Report on lock hospitals in British Burma
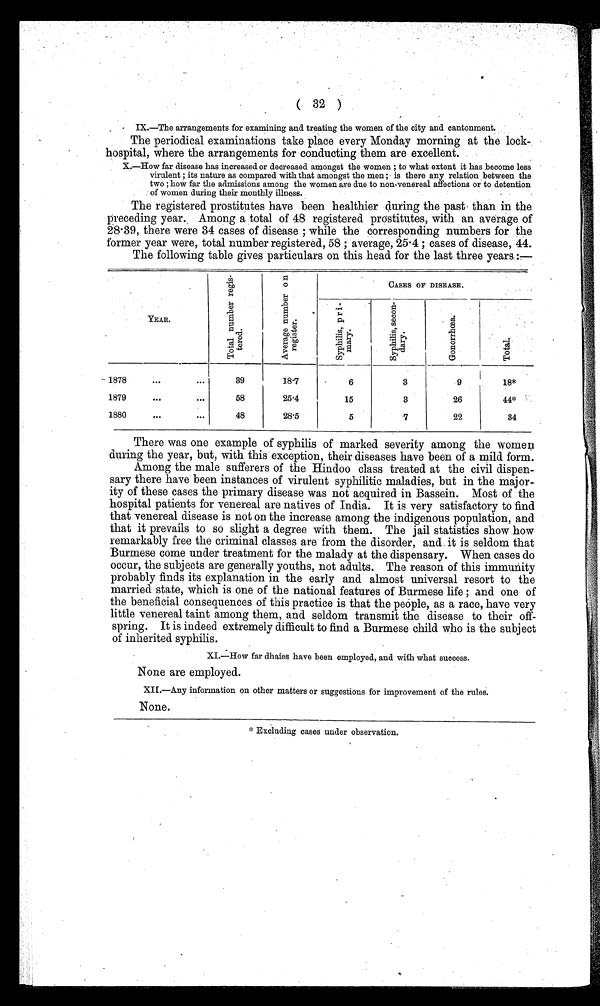
( 32 )
IX.—The arrangements for examining and treating the women of the city and cantonment.
The periodical examinations take place every Monday morning at the lock
-hospital, where the arrangements for conducting them are excellent.
X.—How far disease has increased or decreased amongst the women ; to what extent it has become less
virulent ; its nature as compared with that amongst the men ; is there any relation between the
two ; how far the admissions among the women are due to non-venereal affections or to detention
of women during their monthly illness.
The registered prostitutes have been healthier during the past than in the
preceding year. Among a total of 48 registered prostitutes, with an average of
28.39, there were 34 cases of disease ; while the corresponding numbers for the
former year were, total number registered, 58 ; average, 25.4 ; cases of disease, 44.
The following table gives particulars on this head for the last three years :—
YEAR.
T o t a l n u m b e r r e g i s t e r e d .
A v e r a g e n u m b e r o n r e g i s t e r .
CASES OF DISEASE.
S y p h i l i s , p r i m a r y .
S y p h i l i s , s e c o n d a r y .
G o n o r r h œ a .
T o t a l .
1878
. . .
. . .
39
18.7
6
3
9
18*
1879
. . .
. . .
58
25.4
15
3
26
44*
1880
. . .
. . .
48
28.5
5
7
22
34
There was one example of syphilis of marked severity among the women
during the year, but, with this exception, their diseases have been of a mild form.
Among the male sufferers of the Hindoo class treated at the civil dispen-
-sary there have been instances of virulent syphilitic maladies, but in the major--
ity of these cases the primary disease was not acquired in Bassein. Most of the
hospital patients for venereal are natives of India. It is very satisfactory to find
that venereal disease is not on the increase among the indigenous population, and
that it prevails to so slight a degree with them. The jail statistics show how
remarkably free the criminal classes are from the disorder, and it is seldom that
Burmese come under treatment for the malady at the dispensary. When cases do
occur, the subjects are generally youths, not adults. The reason of this immunity
probably finds its explanation in the early and almost universal resort to the
married state, which is one of the national features of Burmese life ; and one of
the beneficial consequences of this practice is that the people, as a race, have very
little venereal taint among them, and seldom transmit the disease to their off-
- s p r i n g . I t i s i n d e e d e x t r e m e l y d i f f i c u l t t o f i n d a B u r m e s e c h i l d w h o i s t h e s u b j e c t
of inherited syphilis.
XI.—How far dhaies have been employed, and with what success.
None are employed.
XII.—Any information on other matters or suggestions for improvement of the rules.
None.
* Excluding cases under observation.